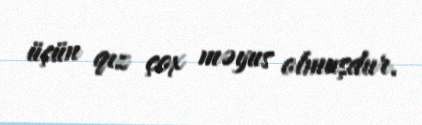
üçün qız çox məyus olmuşdur.